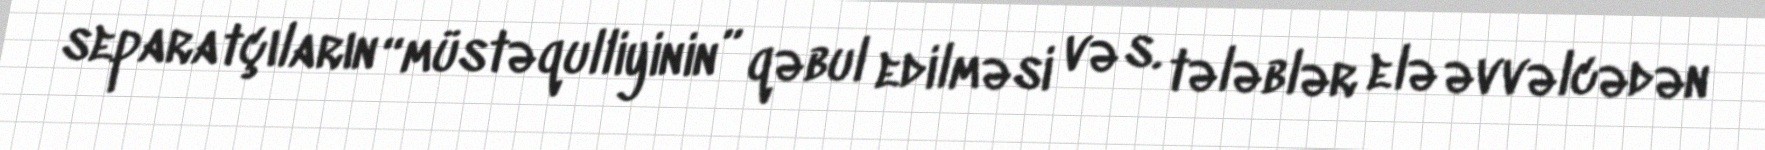
separatçıların “müstəqulliyinin” qəbul edilməsi və s. tələblər elə əvvəlcədən